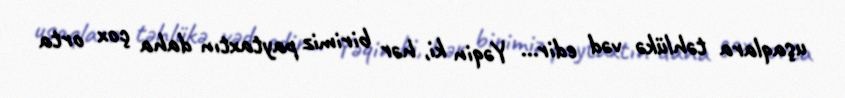
uşaqlara təhlükə vəd edir... Yəqin ki, hər birimiz paytaxtın daha çox orta